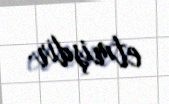
etmişdir.